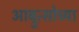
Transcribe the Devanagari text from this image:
आब्रुत्सोच्या